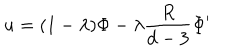
u = ( 1 - \lambda ) \Phi - \lambda \frac { R } { d - 3 } \Phi ^ { \prime }